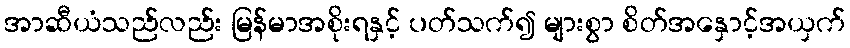
အာဆီယံသည်လည်း မြန်မာအစိုးရနှင့် ပတ်သက်၍ များစွာ စိတ်အနှောင့်အယှက်